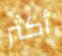
أكثر